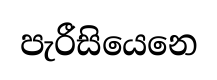
පැරීසියෙනෙ